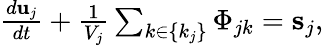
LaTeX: \begin{array}{r}{\frac{d{\mathbf u}_{j}}{dt}+\frac{1}{V_{j}}\sum_{k\in\{ k_{j}\} }{\Phi}_{jk}={\mathbf s}_{j},}\end{array}